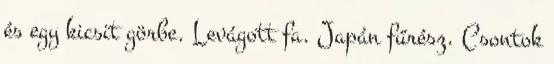
és egy kicsit görbe. Levágott fa. Japán fűrész. Csontok